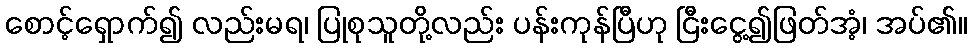
စောင့်ရှောက်၍ လည်းမရ၊ ပြုစုသူတို့လည်း ပန်းကုန်ပြီဟု ငြီးငွေ့၍ဖြတ်အံ့၊ အပ်၏။